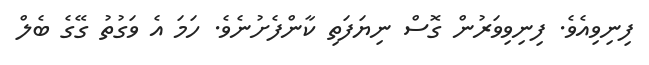
ފިނިވިއެވެ. ފިނިވިވަރުން ގޮސް ނިޔަފަތި ކާންފެށުނެވެ. ހަމަ އެ ވަގުތު ގޭގެ ބެލް